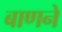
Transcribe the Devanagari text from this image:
बाणने